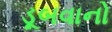
ડૂબવાનો